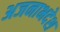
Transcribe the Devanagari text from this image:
अजनाभदेश